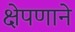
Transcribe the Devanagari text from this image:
क्षेपणाने